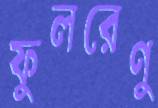
ফুলরেণু